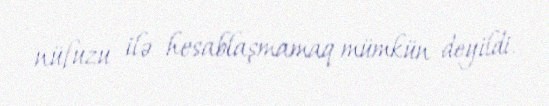
nüfuzu ilə hesablaşmamaq mümkün deyildi.